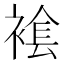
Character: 𧛛